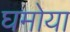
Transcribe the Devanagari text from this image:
घमोया